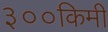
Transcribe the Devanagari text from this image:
३००किमी